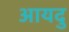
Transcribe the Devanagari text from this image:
आयदु